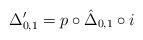
\begin{align*}\Delta'_{0,1} = p \circ \hat{\Delta}_{0,1} \circ i\end{align*}